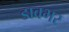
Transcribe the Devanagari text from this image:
डावभर